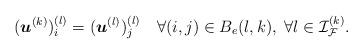
LaTeX: \begin{align*} (\boldsymbol{u}^{(k)})^{(l)}_i = (\boldsymbol{u}^{(l)})^{(l)}_j \quad\forall (i,j)\in B_e(l,k), \;\forall l\in{\mathcal{I}}_{\mathcal{F}}^{(k)}. \end{align*}